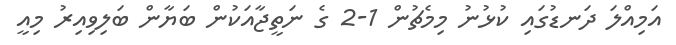
އަމިއްލަ ދަނޑުގައި ކުޅުނު މިމެޗުން 1-2 ގެ ނަތީޖާއަކުން ބަޔާން ބަލިވިއިރު މިއީ